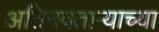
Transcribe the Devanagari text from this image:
अतिनवताऱ्याच्या